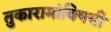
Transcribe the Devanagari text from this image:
तुकारामांविषयी